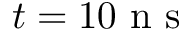
t = 1 0 \mathrm { ~ n ~ s ~ }